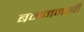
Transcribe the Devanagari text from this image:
बनमनखी